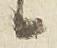
候